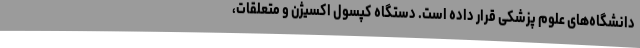
دانشگاه‌های علوم پزشکی قرار داده است. دستگاه کپسول اکسیژن و متعلقات،